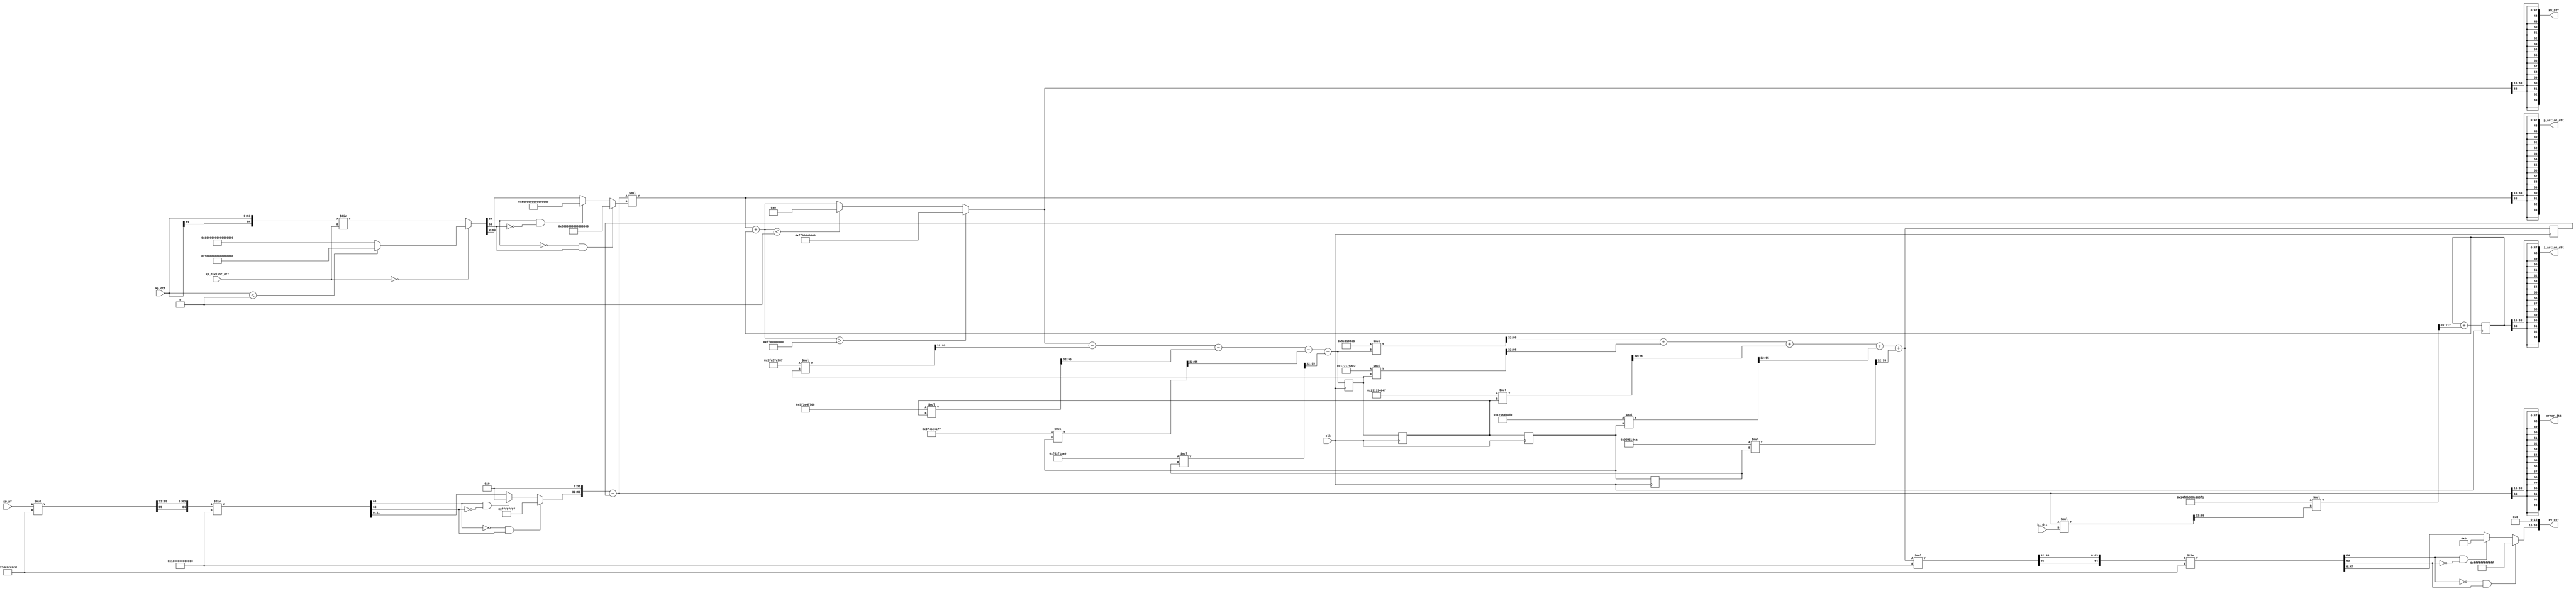
// -------------------------------------------------------------
// 
// 
// Generated by MATLAB 9.13 and HDL Coder 4.0
// 
// 
// -- -------------------------------------------------------------
// -- Rate and Clocking Details
// -- -------------------------------------------------------------
// Model base rate: 1e-05
// Target subsystem base rate: 1e-05
// 
// -------------------------------------------------------------


// -------------------------------------------------------------
// 
// Module: DT
// Source Path: flyback_dt/DT
// Hierarchy Level: 0
// 
// Simulink model description for flyback_dt:
// 
// Symmetric FIR Filter
// This example shows how to use HDL Coder(TM) to check, generate,
// and verify HDL for a fixed-point symmetric FIR filter. 
// 
// -------------------------------------------------------------

`timescale 1 ns / 1 ns

module DT
          (clk,
           SP_DT,
           kp_dtt,
           kp_divisor_dtt,
           ki_dtt,
           PV_DTT,
           MV_DTT,
           p_action_dtt,
           i_action_dtt,
           error_dtt);


  input   clk;
  input   signed [63:0] SP_DT;  // sfix64_En32
  input   signed [63:0] kp_dtt;  // sfix64_En32
  input   signed [63:0] kp_divisor_dtt;  // sfix64_En32
  input   signed [63:0] ki_dtt;  // sfix64_En32
  output  signed [63:0] PV_DTT;  // sfix64_En16
  output  signed [63:0] MV_DTT;  // sfix64_En16
  output  signed [63:0] p_action_dtt;  // sfix64_En16
  output  signed [63:0] i_action_dtt;  // sfix64_En16
  output  signed [63:0] error_dtt;  // sfix64_En16


  wire signed [63:0] Constant1_out1;  // sfix64_En32
  wire signed [127:0] Product2_mul_temp;  // sfix128_En64
  wire signed [63:0] Product2_out1;  // sfix64_En32
  wire signed [64:0] Product2_out1_dtc;  // sfix65_En32
  wire signed [63:0] Constant_out1;  // sfix64_En32
  reg signed [63:0] SP;  // sfix64
  wire signed [64:0] kp_dtt_dtc;  // sfix65_En32
  reg signed [63:0] SP_1;  // sfix64
  reg signed [63:0] s_state_out4;  // sfix64_En32
  wire signed [127:0] nume_gain4_mul_temp;  // sfix128_En64
  wire signed [63:0] s_nume_gain4;  // sfix64_En32
  reg signed [63:0] s_state_out3;  // sfix64_En32
  wire signed [127:0] nume_gain3_mul_temp;  // sfix128_En64
  wire signed [63:0] s_nume_gain3;  // sfix64_En32
  reg signed [63:0] s_state_out2;  // sfix64_En32
  wire signed [127:0] nume_gain2_mul_temp;  // sfix128_En64
  wire signed [63:0] s_nume_gain2;  // sfix64_En32
  reg signed [63:0] s_state_out1;  // sfix64_En32
  wire signed [127:0] nume_gain1_mul_temp;  // sfix128_En64
  wire signed [63:0] s_nume_gain1;  // sfix64_En32
  wire signed [127:0] denom_gain4_mul_temp;  // sfix128_En64
  wire signed [63:0] s_denom_gain4;  // sfix64_En32
  wire signed [127:0] denom_gain3_mul_temp;  // sfix128_En64
  wire signed [63:0] s_denom_gain3;  // sfix64_En32
  wire signed [127:0] denom_gain2_mul_temp;  // sfix128_En64
  wire signed [63:0] s_denom_gain2;  // sfix64_En32
  wire signed [63:0] s_denom_acc_out4;  // sfix64_En32
  wire signed [127:0] denom_gain1_mul_temp;  // sfix128_En64
  wire signed [63:0] s_denom_gain1;  // sfix64_En32
  wire signed [63:0] Add_out1;  // sfix64_En32
  wire signed [127:0] Product1_mul_temp;  // sfix128_En64
  wire signed [63:0] Product1_out1;  // sfix64_En32
  wire signed [63:0] Discrete_Time_Integrator1_indtc;  // sfix64
  wire signed [127:0] gain_mul_temp;  // sfix128_En69
  wire signed [63:0] Discrete_Time_Integrator1_u_gain;  // sfix64
  wire signed [63:0] Discrete_Time_Integrator1_u_dtc;  // sfix64_En32
  reg signed [63:0] Discrete_Time_Integrator1_x_reg;  // sfix64_En32
  wire signed [63:0] Discrete_Time_Integrator1_u_add;  // sfix64_En32
  wire signed [63:0] PV;  // sfix64_En32
  reg signed [63:0] Unit_Delay_out1;  // sfix64_En32
  wire signed [63:0] Add_sub_cast;  // sfix64_En32
  wire signed [127:0] Product_mul_temp;  // sfix128_En32
  wire signed [63:0] Product_out1;  // sfix64_En32
  wire signed [63:0] Add1_out1;  // sfix64_En32
  wire signed [63:0] Saturation_out1;  // sfix64_En32
  wire signed [63:0] s_denom_acc_out1;  // sfix64_En32
  wire signed [63:0] s_denom_acc_out2;  // sfix64_En32
  wire signed [63:0] s_denom_acc_out3;  // sfix64_En32
  wire signed [127:0] nume_gain_b0_mul_temp;  // sfix128_En64
  wire signed [63:0] s_nume_gain_b0;  // sfix64_En32
  wire signed [63:0] s_nume_acc_out1;  // sfix64_En32
  wire signed [63:0] s_nume_acc_out2;  // sfix64_En32
  wire signed [63:0] s_nume_acc_out3;  // sfix64_En32
  wire signed [63:0] s_nume_acc_out4;  // sfix64_En32
  wire signed [63:0] Constant2_out1;  // sfix64_En32
  wire signed [127:0] Product3_mul_temp;  // sfix128_En64
  wire signed [63:0] Product3_out1;  // sfix64_En32
  wire signed [64:0] Product3_out1_dtc;  // sfix65_En32
  wire signed [63:0] Constant3_out1;  // sfix64_En32
  reg signed [63:0] SP_2;  // sfix64
  wire signed [63:0] SP_3;  // sfix64_En16
  wire signed [63:0] SP_4;  // sfix64_En16
  wire signed [63:0] SP_5;  // sfix64_En16
  wire signed [63:0] SP_6;  // sfix64_En16
  wire signed [63:0] SP_7;  // sfix64_En16
  reg signed [64:0] Divide1_varargout_1;  // sfix65
  reg signed [64:0] Divide1_div_temp;  // sfix65
  reg signed [64:0] Divide_varargout_1;  // sfix65
  reg signed [64:0] Divide_div_temp;  // sfix65
  reg signed [64:0] Divide2_varargout_1;  // sfix65
  reg signed [64:0] Divide2_div_temp;  // sfix65

  initial begin
    s_state_out4 = 64'sh0000000000000000;
    s_state_out3 = 64'sh0000000000000000;
    s_state_out2 = 64'sh0000000000000000;
    s_state_out1 = 64'sh0000000000000000;
    Discrete_Time_Integrator1_x_reg = 64'sh0000000000000000;
    Unit_Delay_out1 = 64'sh0000000000000000;
  end

  assign Constant1_out1 = 64'sh000000034CCCCCCD;


  assign Product2_mul_temp = SP_DT * Constant1_out1;
  assign Product2_out1 = Product2_mul_temp[95:32];


  assign Product2_out1_dtc = {Product2_out1[63], Product2_out1};



  assign Constant_out1 = 64'sh0001000000000000;


  always @(Constant_out1, Product2_out1_dtc) begin
    Divide1_div_temp = 65'sh00000000000000000;
    if (Constant_out1 == 64'sh0000000000000000) begin
      if (Product2_out1_dtc < 65'sh00000000000000000) begin
        Divide1_varargout_1 = 65'sh10000000000000000;
      end
      else begin
        Divide1_varargout_1 = 65'sh0FFFFFFFFFFFFFFFF;
      end
    end
    else begin
      Divide1_div_temp = Product2_out1_dtc / Constant_out1;
      Divide1_varargout_1 = Divide1_div_temp;
    end
    if ((Divide1_varargout_1[64] == 1'b0) && (Divide1_varargout_1[63] != 1'b0)) begin
      SP = 64'sh7FFFFFFFFFFFFFFF;
    end
    else if ((Divide1_varargout_1[64] == 1'b1) && (Divide1_varargout_1[63] != 1'b1)) begin
      SP = 64'sh8000000000000000;
    end
    else begin
      SP = Divide1_varargout_1[63:0];
    end
  end


  assign kp_dtt_dtc = {kp_dtt[63], kp_dtt};



  always @(kp_divisor_dtt, kp_dtt_dtc) begin
    Divide_div_temp = 65'sh00000000000000000;
    if (kp_divisor_dtt == 64'sh0000000000000000) begin
      if (kp_dtt_dtc < 65'sh00000000000000000) begin
        Divide_varargout_1 = 65'sh10000000000000000;
      end
      else begin
        Divide_varargout_1 = 65'sh0FFFFFFFFFFFFFFFF;
      end
    end
    else begin
      Divide_div_temp = kp_dtt_dtc / kp_divisor_dtt;
      Divide_varargout_1 = Divide_div_temp;
    end
    if ((Divide_varargout_1[64] == 1'b0) && (Divide_varargout_1[63] != 1'b0)) begin
      SP_1 = 64'sh7FFFFFFFFFFFFFFF;
    end
    else if ((Divide_varargout_1[64] == 1'b1) && (Divide_varargout_1[63] != 1'b1)) begin
      SP_1 = 64'sh8000000000000000;
    end
    else begin
      SP_1 = Divide_varargout_1[63:0];
    end
  end


  assign nume_gain4_mul_temp = 64'sh000000005D42C3CA * s_state_out4;
  assign s_nume_gain4 = nume_gain4_mul_temp[95:32];



  assign nume_gain3_mul_temp = 64'sh000000017559B3D0 * s_state_out3;
  assign s_nume_gain3 = nume_gain3_mul_temp[95:32];



  assign nume_gain2_mul_temp = 64'sh000000023113404F * s_state_out2;
  assign s_nume_gain2 = nume_gain2_mul_temp[95:32];



  assign nume_gain1_mul_temp = 64'sh00000001771758E2 * s_state_out1;
  assign s_nume_gain1 = nume_gain1_mul_temp[95:32];



  always @(posedge clk)
    begin : s_state_out4_1_process
      s_state_out4 <= s_state_out3;
    end



  assign denom_gain4_mul_temp = 64'sh00000000FD2F1AA0 * s_state_out4;
  assign s_denom_gain4 = denom_gain4_mul_temp[95:32];



  always @(posedge clk)
    begin : s_state_out3_1_process
      s_state_out3 <= s_state_out2;
    end



  assign denom_gain3_mul_temp = 64'sh00000003F4BC6A7F * s_state_out3;
  assign s_denom_gain3 = denom_gain3_mul_temp[95:32];



  always @(posedge clk)
    begin : s_state_out2_1_process
      s_state_out2 <= s_state_out1;
    end



  assign denom_gain2_mul_temp = 64'sh00000005F1E4F766 * s_state_out2;
  assign s_denom_gain2 = denom_gain2_mul_temp[95:32];



  always @(posedge clk)
    begin : s_state_out1_1_process
      s_state_out1 <= s_denom_acc_out4;
    end



  assign denom_gain1_mul_temp = 64'sh00000003FA57A787 * s_state_out1;
  assign s_denom_gain1 = denom_gain1_mul_temp[95:32];



  assign Product1_mul_temp = Add_out1 * ki_dtt;
  assign Product1_out1 = Product1_mul_temp[95:32];


  assign Discrete_Time_Integrator1_indtc = Product1_out1;



  assign gain_mul_temp = 64'sh0014F8B588E368F1 * Discrete_Time_Integrator1_indtc;
  assign Discrete_Time_Integrator1_u_gain = {{5{gain_mul_temp[127]}}, gain_mul_temp[127:69]};



  assign Discrete_Time_Integrator1_u_dtc = Discrete_Time_Integrator1_u_gain;



  assign Discrete_Time_Integrator1_u_add = Discrete_Time_Integrator1_x_reg + Discrete_Time_Integrator1_u_dtc;



  always @(posedge clk)
    begin : Discrete_Time_Integrator1_reg_process
      Discrete_Time_Integrator1_x_reg <= Discrete_Time_Integrator1_u_add;
    end


  always @(posedge clk)
    begin : Unit_Delay_process
      Unit_Delay_out1 <= PV;
    end


  assign Add_sub_cast = {SP[31:0], 32'b00000000000000000000000000000000};
  assign Add_out1 = Add_sub_cast - Unit_Delay_out1;


  assign Product_mul_temp = Add_out1 * SP_1;
  assign Product_out1 = Product_mul_temp[63:0];


  assign Add1_out1 = Product_out1 + Discrete_Time_Integrator1_x_reg;


  assign Saturation_out1 = (Add1_out1 > 64'sh000000FF00000000 ? 64'sh000000FF00000000 :
              (Add1_out1 < 64'sh0000000000000000 ? 64'sh0000000000000000 :
              Add1_out1));


  assign s_denom_acc_out1 = Saturation_out1 - s_denom_gain1;



  assign s_denom_acc_out2 = s_denom_acc_out1 - s_denom_gain2;



  assign s_denom_acc_out3 = s_denom_acc_out2 - s_denom_gain3;



  assign s_denom_acc_out4 = s_denom_acc_out3 - s_denom_gain4;



  assign nume_gain_b0_mul_temp = 64'sh000000005E219653 * s_denom_acc_out4;
  assign s_nume_gain_b0 = nume_gain_b0_mul_temp[95:32];



  assign s_nume_acc_out1 = s_nume_gain_b0 + s_nume_gain1;



  assign s_nume_acc_out2 = s_nume_acc_out1 + s_nume_gain2;



  assign s_nume_acc_out3 = s_nume_acc_out2 + s_nume_gain3;



  assign s_nume_acc_out4 = s_nume_acc_out3 + s_nume_gain4;


  assign PV = s_nume_acc_out4;

  assign Constant2_out1 = 64'sh0001000000000000;


  assign Product3_mul_temp = PV * Constant2_out1;
  assign Product3_out1 = Product3_mul_temp[95:32];


  assign Product3_out1_dtc = {Product3_out1[63], Product3_out1};



  assign Constant3_out1 = 64'sh000000034CCCCCCD;


  always @(Constant3_out1, Product3_out1_dtc) begin
    Divide2_div_temp = 65'sh00000000000000000;
    if (Constant3_out1 == 64'sh0000000000000000) begin
      if (Product3_out1_dtc < 65'sh00000000000000000) begin
        Divide2_varargout_1 = 65'sh10000000000000000;
      end
      else begin
        Divide2_varargout_1 = 65'sh0FFFFFFFFFFFFFFFF;
      end
    end
    else begin
      Divide2_div_temp = Product3_out1_dtc / Constant3_out1;
      Divide2_varargout_1 = Divide2_div_temp;
    end
    if ((Divide2_varargout_1[64] == 1'b0) && (Divide2_varargout_1[63] != 1'b0)) begin
      SP_2 = 64'sh7FFFFFFFFFFFFFFF;
    end
    else if ((Divide2_varargout_1[64] == 1'b1) && (Divide2_varargout_1[63] != 1'b1)) begin
      SP_2 = 64'sh8000000000000000;
    end
    else begin
      SP_2 = Divide2_varargout_1[63:0];
    end
  end


  assign SP_3 = {SP_2[47:0], 16'b0000000000000000};


  assign PV_DTT = SP_3;

  assign SP_4 = {{16{Saturation_out1[63]}}, Saturation_out1[63:16]};


  assign MV_DTT = SP_4;

  assign SP_5 = {{16{Product_out1[63]}}, Product_out1[63:16]};


  assign p_action_dtt = SP_5;

  assign SP_6 = {{16{Discrete_Time_Integrator1_x_reg[63]}}, Discrete_Time_Integrator1_x_reg[63:16]};


  assign i_action_dtt = SP_6;

  assign SP_7 = {{16{Add_out1[63]}}, Add_out1[63:16]};


  assign error_dtt = SP_7;

endmodule  // DT